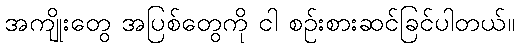
အကျိုးတွေ အပြစ်တွေကို ငါ စဉ်းစားဆင်ခြင်ပါတယ်။